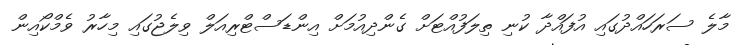
މާލެ ސަރަހައްދުގައި އުފައްދާ ކުނި ތިލަފުއްޓަށް ގެންދިއުމަށް އިންޑަސްޓްރިއަލް ވިލެޖުގައި މިހާރު ވެމްކޯއިން